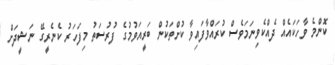
ކޮންމެ ވާހަކައެއް ދެއްކެވިނަމަވެސް ކުރައްވާފައިވާ ކުށްތަކުން ބަރީއަވުމުގެ ފުރުސަތު މިފަހަރު ކެނެރީގޭ ނަޝީދަށް